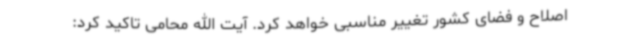
اصلاح و فضای کشور تغییر مناسبی خواهد کرد. آیت الله محامی تاکید کرد: